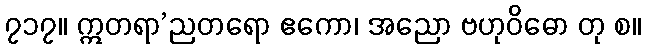
၇၁၇။ ဣတရာ’ညတရော ဧကော၊ အညော ဗဟုဝိဓော တု စ။